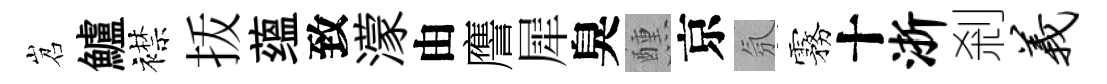
岧鱸襟㧞蕴致濛由譍犀臭醺京氛霧十浙剎义